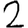
Digit: 2